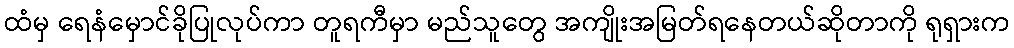
ထံမှ ရေနံမှောင်ခိုပြုလုပ်ကာ တူရကီမှာ မည်သူတွေ အကျိုးအမြတ်ရနေတယ်ဆိုတာကို ရုရှားက